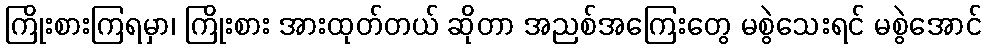
ကြိုးစားကြရမှာ၊ ကြိုးစား အားထုတ်တယ် ဆိုတာ အညစ်အကြေးတွေ မစွဲသေးရင် မစွဲအောင်